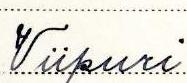
Viipuri